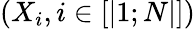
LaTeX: (X_{i},i\in[|1;N|])